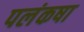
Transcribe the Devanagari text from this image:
पलंकषा